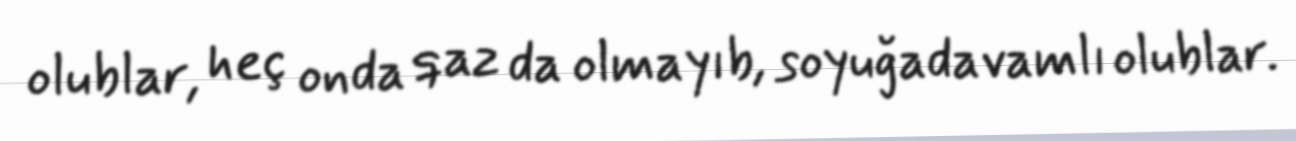
olublar, heç onda qaz da olmayıb, soyuğadavamlı olublar.